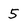
Character: 5